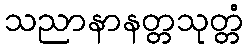
သညာနာနတ္တသုတ္တံ